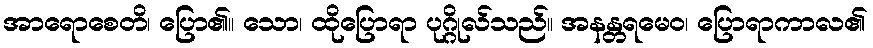
အာရောစေတိ၊ ပြော၏။ သော၊ ထိုပြောရာ ပုဂ္ဂိုလ်သည်။ အနန္တရမေဝ၊ ပြောရာကာလ၏